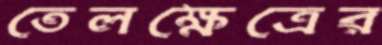
তেলক্ষেত্রের